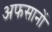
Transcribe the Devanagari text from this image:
अफसानों